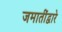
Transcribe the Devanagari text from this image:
जमातींद्वारे